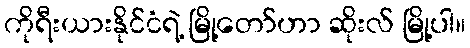
ကိုရီးယားနိုင်ငံရဲ့ မြို့တော်ဟာ ဆိုးလ် မြို့ပါ။